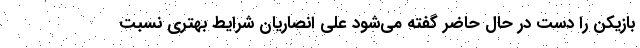
بازیکن را دست در حال حاضر گفته می‌شود علی انصاریان شرایط بهتری نسبت